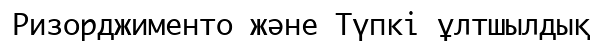
Ризорджименто және Түпкі ұлтшылдық